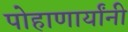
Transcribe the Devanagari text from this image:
पोहाणार्यांनी